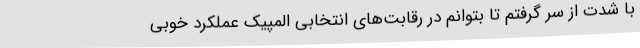
با شدت از سر گرفتم تا بتوانم در رقابت‌های انتخابی المپیک عملکرد خوبی